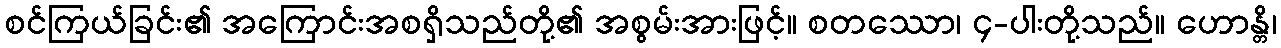
စင်ကြယ်ခြင်း၏ အကြောင်းအစရှိသည်တို့၏ အစွမ်းအားဖြင့်။ စတဿော၊ ၄-ပါးတို့သည်။ ဟောန္တိ၊